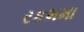
રકમમા